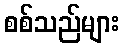
စစ်သည်များ